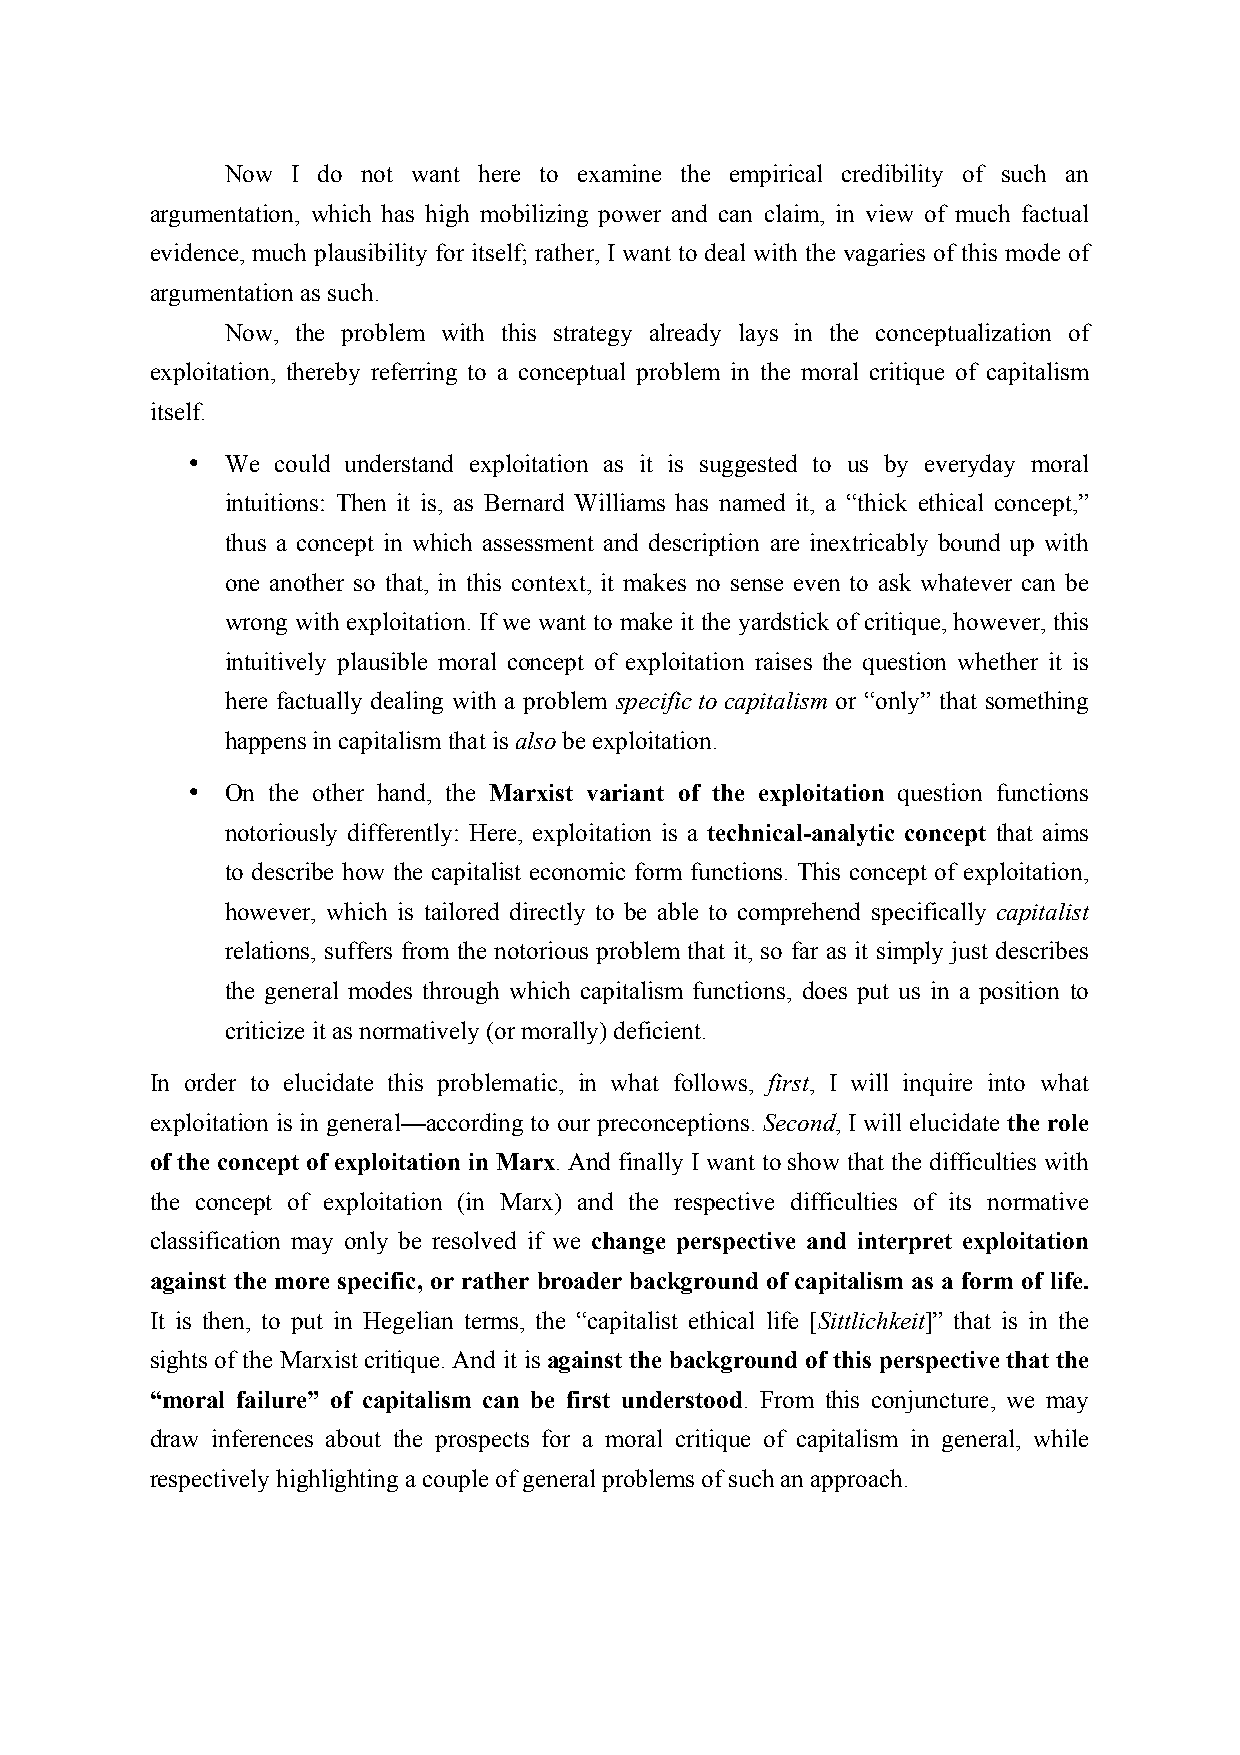
Now I do not want here to examine the empirical credibility of such an
 argumentation, which has high mobilizing power and can claim, in view of much factual
 evidence, much plausibility for itself; rather, I want to deal with the vagaries of this mode of
 argumentation as such.
 Now, the problem with this strategy already lays in the conceptualization of
 exploitation, thereby referring to a conceptual problem in the moral critique of capitalism
 itself.
 •  We could understand exploitation as it is suggested to us by everyday moral
 intuitions: Then it is, as Bernard Williams has named it, a “thick ethical concept,”
 thus a concept in which assessment and description are inextricably bound up with
 one another so that, in this context, it makes no sense even to ask whatever can be
 wrong with exploitation. If we want to make it the yardstick of critique, however, this
 intuitively plausible moral concept of exploitation raises the question whether it is
 here factually dealing with a problem specific to capitalism or “only” that something
 happens in capitalism that is also be exploitation.
 •  On the other hand, the Marxist variant of the exploitation question functions
 notoriously differently: Here, exploitation is a technical-analytic concept that aims
 to describe how the capitalist economic form functions. This concept of exploitation,
 however, which is tailored directly to be able to comprehend specifically capitalist
 relations, suffers from the notorious problem that it, so far as it simply just describes
 the general modes through which capitalism functions, does put us in a position to
 criticize it as normatively (or morally) deficient.
 In order to elucidate this problematic, in what follows, first, I will inquire into what
 exploitation is in general—according to our preconceptions. Second, I will elucidate the role
 of the concept of exploitation in Marx. And finally I want to show that the difficulties with
 the concept of exploitation (in Marx) and the respective difficulties of its normative
 classification may only be resolved if we change perspective and interpret exploitation
 against the more specific, or rather broader background of capitalism as a form of life.
 It is then, to put in Hegelian terms, the “capitalist ethical life [Sittlichkeit]” that is in the
 sights of the Marxist critique. And it is against the background of this perspective that the
 “moral failure” of capitalism can be first understood. From this conjuncture, we may
 draw inferences about the prospects for a moral critique of capitalism in general, while
 respectively highlighting a couple of general problems of such an approach.